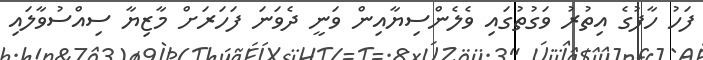
ފަހު ހާފުގެ އިތުރު ވަގުތުގައި ވެލެންސިޔާއިން ވަނީ ދެވަނަ ފަހަރަށް މާޒިޔާ ސިއްސުވާލައި